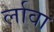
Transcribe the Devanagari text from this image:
र्लावा